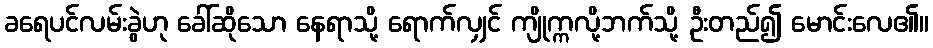
ခရေပင်လမ်းခွဲဟု ခေါ်ဆိုသော နေရာသို့ ရောက်လျှင် ကျိုက္ကလို့ဘက်သို့ ဦးတည်၍ မောင်းလေ၏။